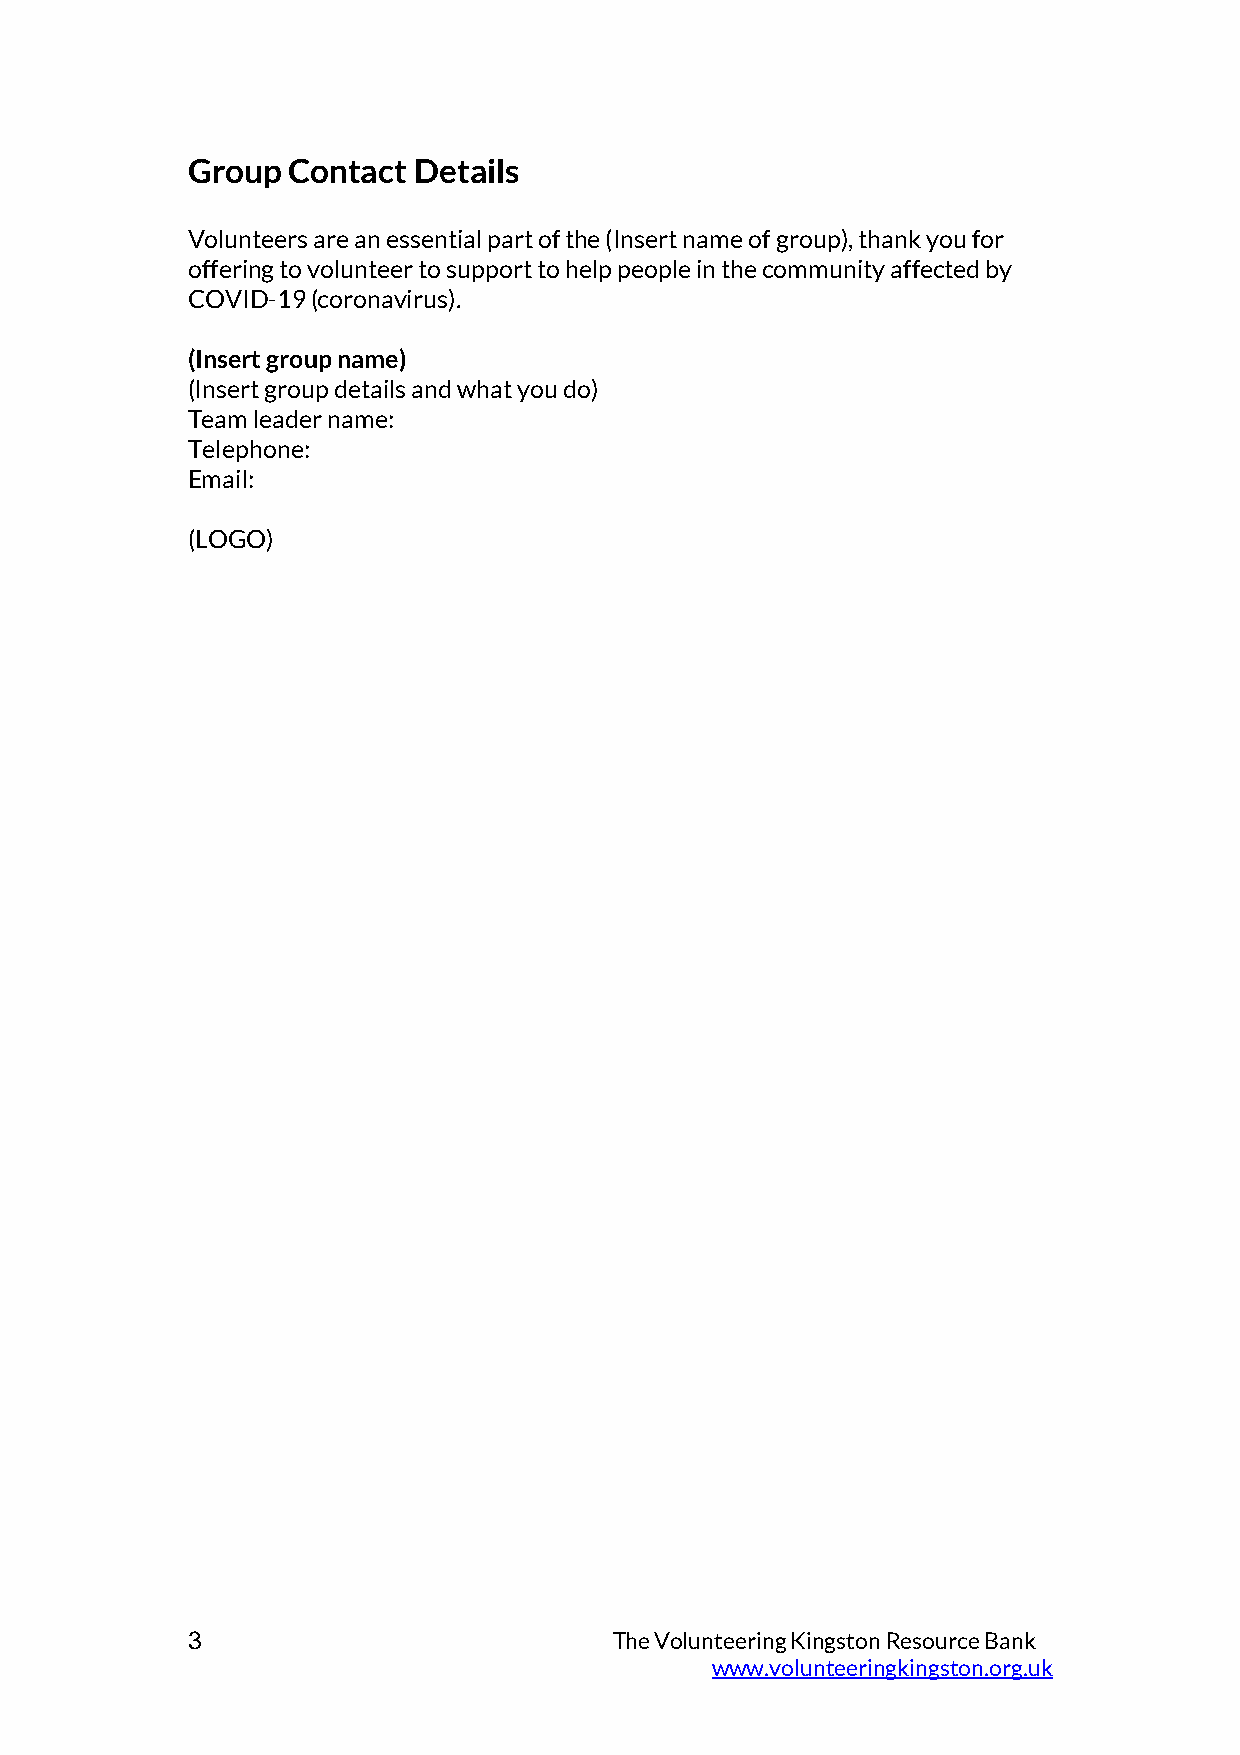
Group  Contact Details
 Volunteers are an essential part of the (Insert name of group), thank you for
 offering to volunteer to support to help people in the community affected by
 COVID-19 (coronavirus).
 (Insert group name)
 (Insert group details and what you do)
 Team leader name:
 Telephone:
 Email:
 (LOGO)
 3                            The Volunteering Kingston Resource Bank
 www.volunteeringkingston.org.uk